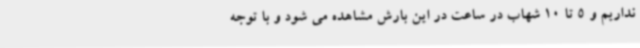
نداریم و 5 تا 10 شهاب در ساعت در این بارش مشاهده می شود و با توجه